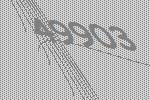
49903